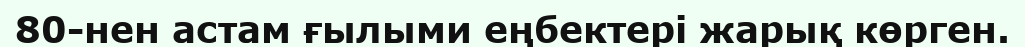
80-нен астам ғылыми еңбектері жарық көрген.